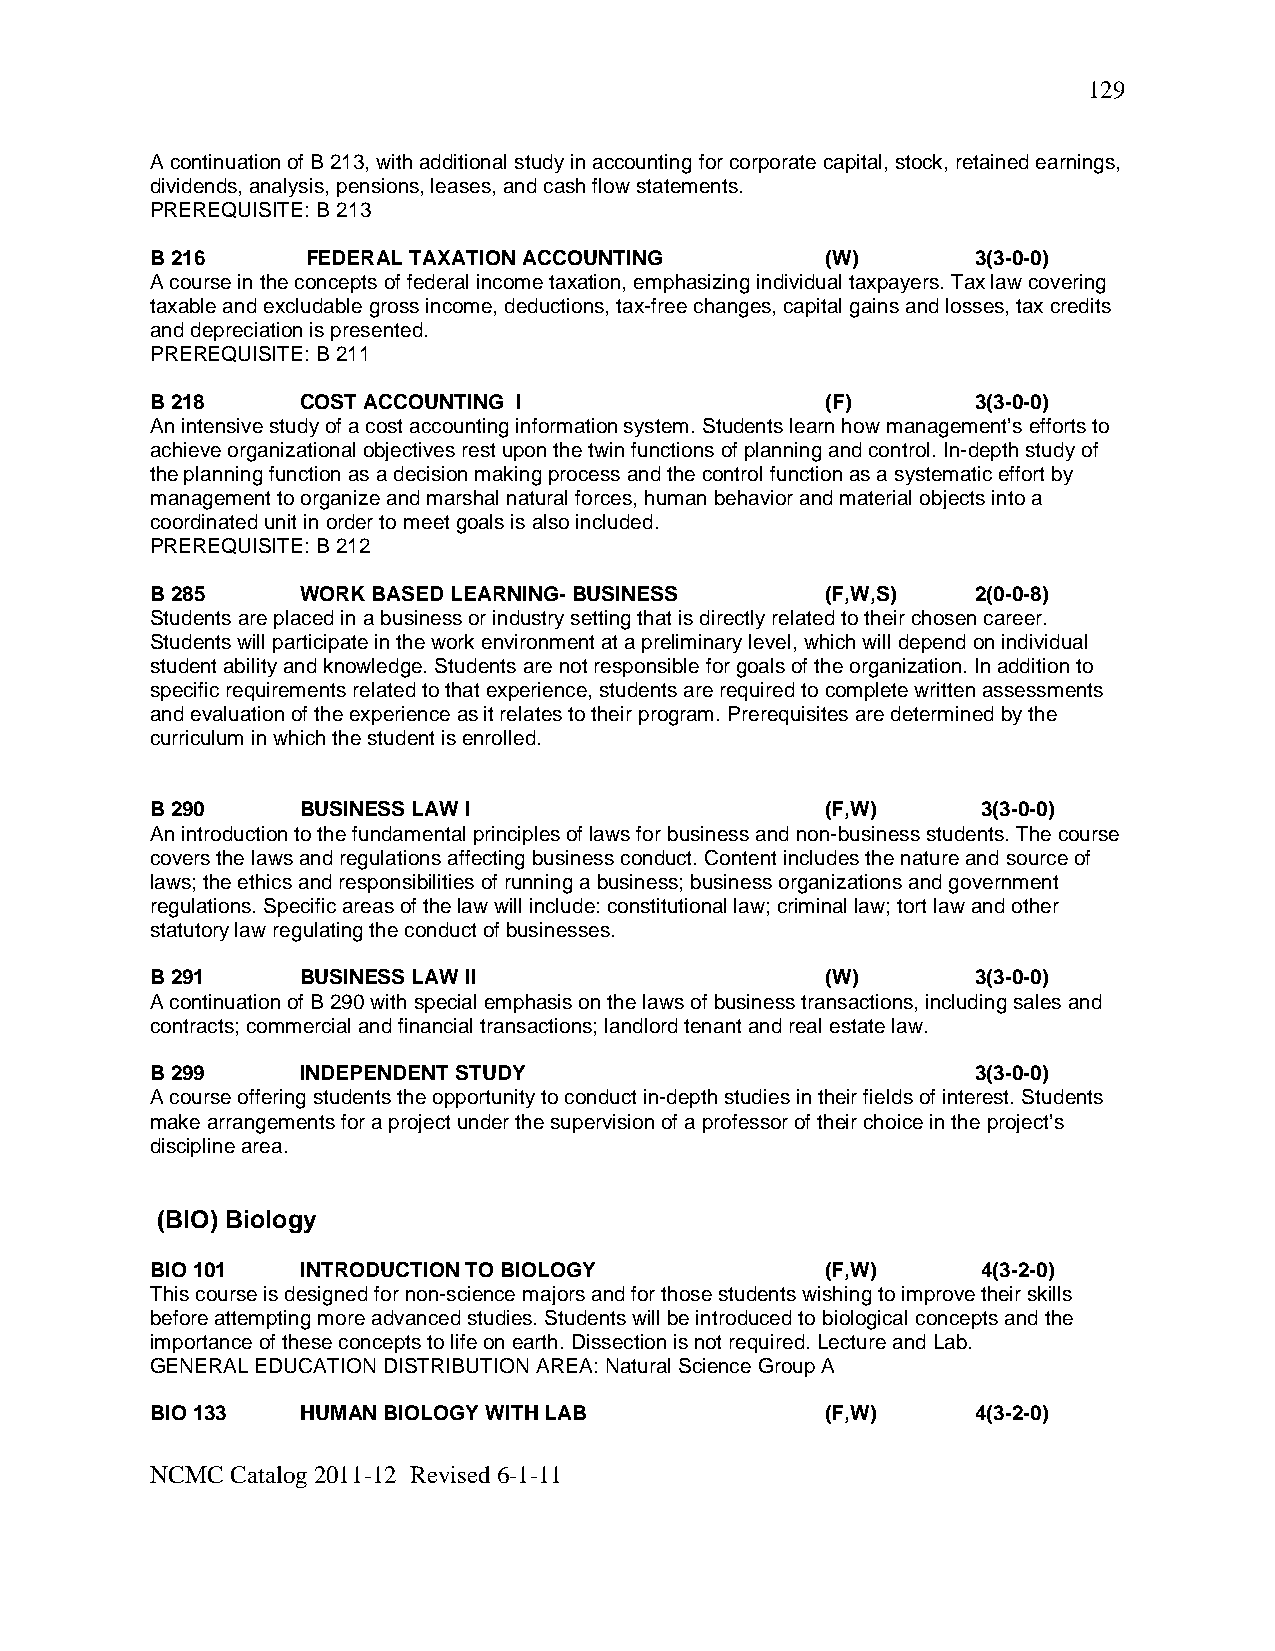
129
 A continuation of B 213, with additional study in accounting for corporate capital, stock, retained earnings,
 dividends, analysis, pensions, leases, and cash flow statements.
 PREREQUISITE: B 213
 B 216     FEDERAL TAXATION ACCOUNTING        (W)       3(3-0-0)
 A course in the concepts of federal income taxation, emphasizing individual taxpayers. Tax law covering
 taxable and excludable gross income, deductions, tax-free changes, capital gains and losses, tax credits
 and depreciation is presented.
 PREREQUISITE: B 211
 B 218     COST ACCOUNTING I                  (F)       3(3-0-0)
 An intensive study of a cost accounting information system. Students learn how management’s efforts to
 achieve organizational objectives rest upon the twin functions of planning and control. In-depth study of
 the planning function as a decision making process and the control function as a systematic effort by
 management to organize and marshal natural forces, human behavior and material objects into a
 coordinated unit in order to meet goals is also included.
 PREREQUISITE: B 212
 B 285     WORK BASED LEARNING- BUSINESS      (F,W,S)   2(0-0-8)
 Students are placed in a business or industry setting that is directly related to their chosen career.
 Students will participate in the work environment at a preliminary level, which will depend on individual
 student ability and knowledge. Students are not responsible for goals of the organization. In addition to
 specific requirements related to that experience, students are required to complete written assessments
 and evaluation of the experience as it relates to their program. Prerequisites are determined by the
 curriculum in which the student is enrolled.
 B 290     BUSINESS LAW I                     (F,W)     3(3-0-0)
 An introduction to the fundamental principles of laws for business and non-business students. The course
 covers the laws and regulations affecting business conduct. Content includes the nature and source of
 laws; the ethics and responsibilities of running a business; business organizations and government
 regulations. Specific areas of the law will include: constitutional law; criminal law; tort law and other
 statutory law regulating the conduct of businesses.
 B 291     BUSINESS LAW II                    (W)       3(3-0-0)
 A continuation of B 290 with special emphasis on the laws of business transactions, including sales and
 contracts; commercial and financial transactions; landlord tenant and real estate law.
 B 299     INDEPENDENT STUDY                            3(3-0-0)
 A course offering students the opportunity to conduct in-depth studies in their fields of interest. Students
 make arrangements for a project under the supervision of a professor of their choice in the project’s
 discipline area.
 (BIO) Biology
 BIO 101   INTRODUCTION TO BIOLOGY            (F,W)     4(3-2-0)
 This course is designed for non-science majors and for those students wishing to improve their skills
 before attempting more advanced studies. Students will be introduced to biological concepts and the
 importance of these concepts to life on earth. Dissection is not required. Lecture and Lab.
 GENERAL EDUCATION DISTRIBUTION AREA: Natural Science Group A
 BIO 133   HUMAN BIOLOGY WITH LAB             (F,W)     4(3-2-0)
 NCMC Catalog 2011-12 Revised 6-1-11